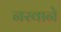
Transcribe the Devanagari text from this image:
नरवाने